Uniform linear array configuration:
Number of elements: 8
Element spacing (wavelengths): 0.75
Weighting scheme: binomial
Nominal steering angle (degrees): -15
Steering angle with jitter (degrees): -16.625
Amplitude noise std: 0.05
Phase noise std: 0.05

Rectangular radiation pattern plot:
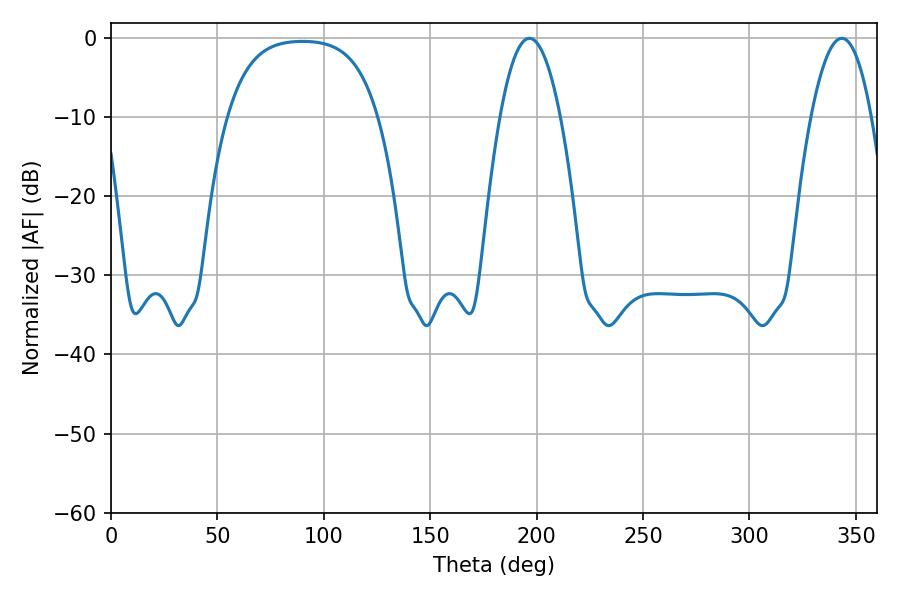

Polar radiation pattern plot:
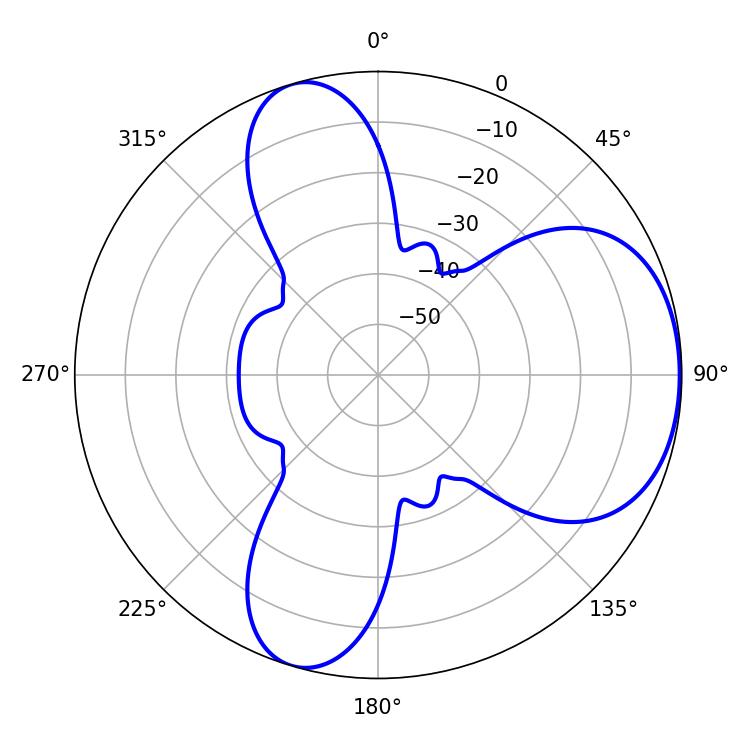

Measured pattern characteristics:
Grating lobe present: TRUE
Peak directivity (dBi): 5.408
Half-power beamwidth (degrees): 15.48
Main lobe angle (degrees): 196.56